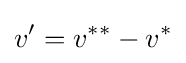
v'=v^{**}-v^{*}